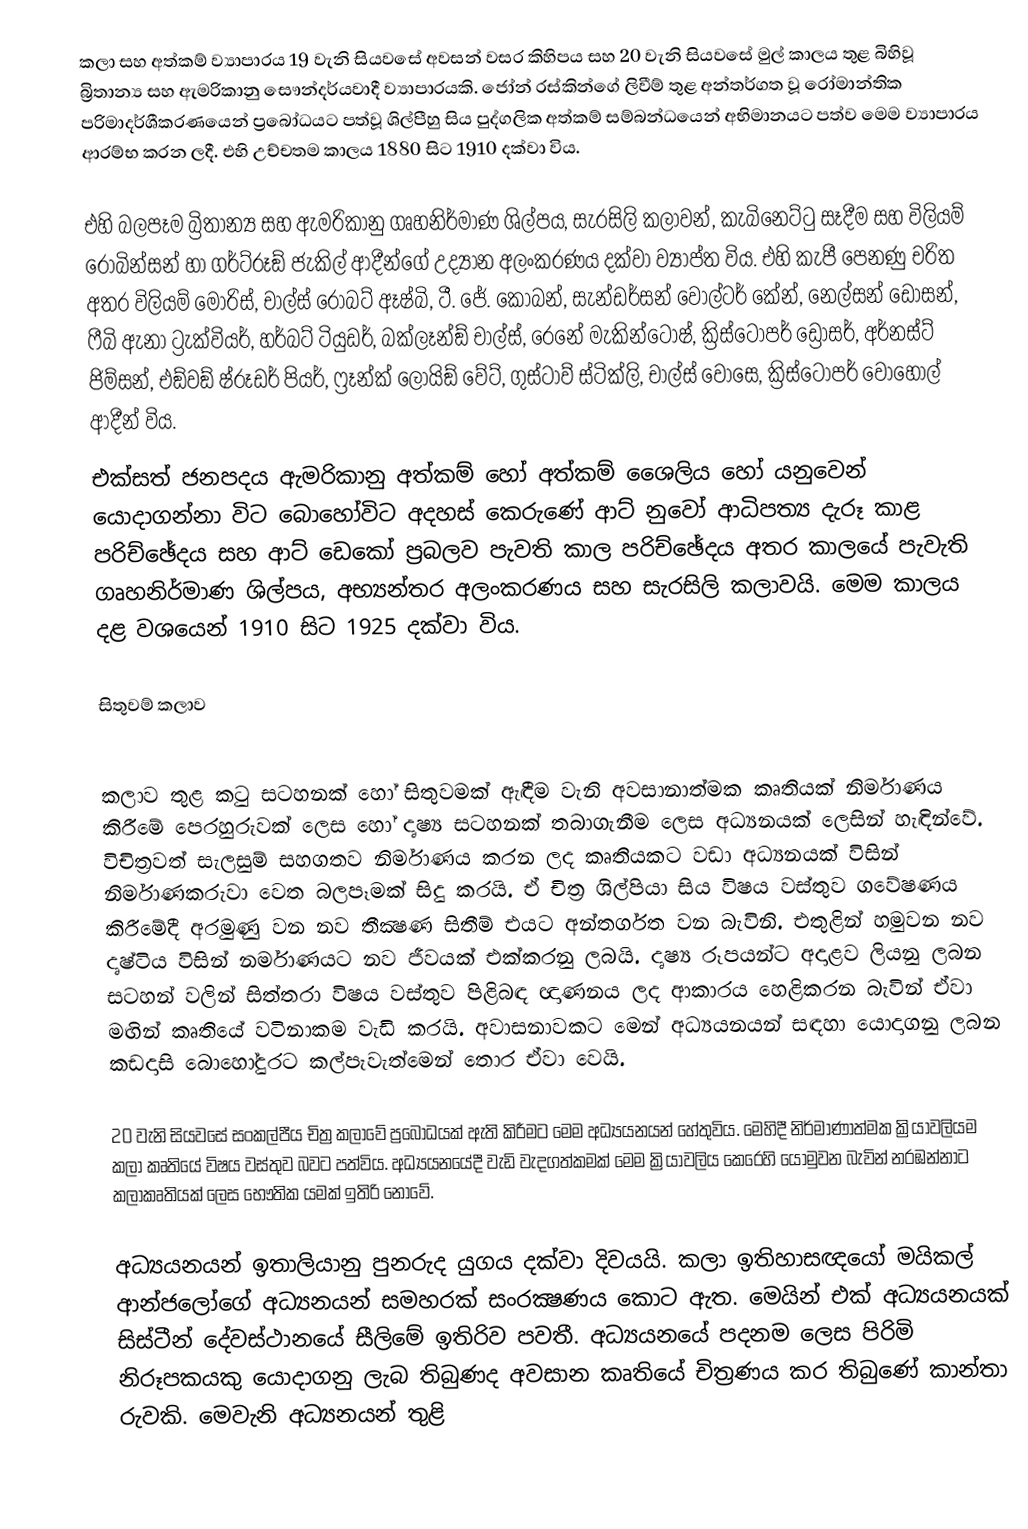
කලා සහ අත්කම් ව්‍යාපාරය 19 වැනි සියවසේ අවසන් වසර කිහිපය සහ 20 වැනි සියවසේ මුල් කාලය තුළ බිහිවූ බ්‍රිතාන්‍ය සහ ඇමරිකානු සෞන්දර්යවාදී ව්‍යාපාරයකි. ජෝන් රස්කින්ගේ ලිවීම් තුළ අන්තර්ගත වූ රෝමාන්තික පරිමාදර්ශීකරණයෙන් ප්‍රබෝධයට පත්වූ ශිල්පීහු සිය පුද්ගලික අත්කම් සම්බන්ධයෙන් අභිමානයට පත්ව මෙම ව්‍යාපාරය ආරම්භ කරන ලදී. එහි උච්චතම කාලය 1880 සිට 1910 දක්වා විය.

එහි බලපෑම  බ්‍රිතාන්‍ය සහ ඇමරිකානු ගෘහනිර්මාණ ශිල්පය, සැරසිලි කලාවන්, කැබිනෙට්ටු සෑදීම සහ විලියම් රොබින්සන් හා ගර්ට්රූඞ් ජැකිල් ආදීන්ගේ උද්‍යාන අලංකරණය දක්වා ව්‍යාප්ත විය. එහි කැපී පෙනණු චරිත අතර විලියම් මොරිස්, චාල්ස් රොබට් ඈෂ්බි, ටී. ජේ. කෝබන්, සැන්ඩර්සන් වෝල්ටර් කේන්, නෙල්සන් ඩෝසන්, ෆීබි ඇනා ට්‍රැක්වියර්, හර්බට් ටියුඩර්, බක්ලෑන්ඞ් චාල්ස්, රෙනේ මැකින්ටොෂ්, ක්‍රිස්ටෝපර් ඩ්‍රෝසර්, අර්නස්ට් ජිම්සන්, එඞ්වඞ් ෂ්රූඩර් පියර්, ෆ්‍රෑන්ක් ලොයිඞ් වේට්, ගුස්ටාව් ස්ටික්ලි, චාල්ස් වෝසෙ, ක්‍රිස්ටෝපර් වෝහෝල් ආදීන් විය.
එක්සත් ජනපදය ඇමරිකානු අත්කම් හෝ අත්කම් ශෛලිය හෝ යනුවෙන් යොදාගන්නා විට බොහෝවිට අදහස් කෙරුණේ ආට් නුවෝ ආධිපත්‍ය දැරූ කාළ පරිච්ඡේදය සහ ආට් ඩෙකෝ ප්‍රබලව පැවති කාල පරිච්ඡේදය අතර කාලයේ පැවැති ගෘහනිර්මාණ ශිල්පය, අභ්‍යන්තර අලංකරණය සහ සැරසිලි කලාවයි. මෙම කාලය දළ වශයෙන් 1910 සිට 1925 දක්වා විය.

සිතුවම් කලාව

කලාව තුළ කටු සටහනක් හෝ සිතුවමක් ඇඳීම වැනි අවසානාත්මක කෘතියක් නිර්මාණය කිරීමේ පෙරහුරුවක් ලෙස හෝ දෘෂ්‍ය සටහනක් තබාගැනීම ලෙස අධ්‍යනයක් ලෙසින් හැඳින්වේ. විචිත්‍රවත් සැලසුම් සහගතව නිර්මාණය කරන ලද කෘතියකට වඩා අධ්‍යනයක් විසින් නිර්මාණකරුවා වෙත බලපෑමක් සිදු කරයි. ඒ චිත්‍ර ශිල්පියා සිය විෂය වස්තුව ගවේෂණය කිරීමේදී අරමුණු වන නව තීක්‍ෂණ සිතීම් එයට අන්තර්ගත වන බැවිනි. එතුළින් හමුවන නව දෘෂ්ටිය විසින් නර්මාණයට නව ජීවයක් එක්කරනු ලබයි. දෘෂ්‍ය රූපයන්ට අදාළව ලියනු ලබන සටහන් වලින් සිත්තරා විෂය වස්තුව පිළිබඳ ඥාණනය ලද ආකාරය හෙළිකරන බැවින් ඒවා මඟින් කෘතියේ වටිනාකම වැඩි කරයි.  අවාසනාවකට මෙන් අධ්‍යයනයන් සඳහා යොදාගනු ලබන කඩදාසි බොහෝදුරට කල්පැවැත්මෙන් තොර ඒවා වෙයි.

20 වැනි සියවසේ සංකල්පීය චිත්‍ර කලාවේ ප්‍රබෝධයක් ඇති කිරීමට මෙම අධ්‍යයනයන් හේතුවිය. මෙහිදී නිර්මාණාත්මක ක්‍රියාවලියම කලා කෘතියේ විෂය වස්තුව බවට පත්විය. අධ්‍යයනයේදී වැඩි වැදගත්කමක් මෙම ක්‍රියාවලිය කෙරෙහි යොමුවන බැවින් නරඹන්නාට කලාකෘතියක් ලෙස භෞතික යමක් ඉතිරි නොවේ.

අධ්‍යයනයන් ඉතාලියානු පුනරුද යුගය දක්වා දිවයයි. කලා ඉතිහාසඥයෝ මයිකල් ආන්ජලෝගේ අධ්‍යනයන් සමහරක් සංරක්‍ෂණය කොට ඇත. මෙයින් එක් අධ්‍යයනයක් සිස්ටීන් දේවස්ථානයේ සීලිමේ ඉතිරිව පවතී. අධ්‍යයනයේ පදනම ලෙස පිරිමි නිරූපකයකු යොදාගනු ලැබ තිබුණද අවසාන කෘතියේ චිත්‍රණය කර තිබුණේ කාන්තා රුවකි. මෙවැනි අධ්‍යනයන් තුළි